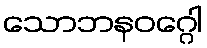
သောဘနဝဂ္ဂေါ